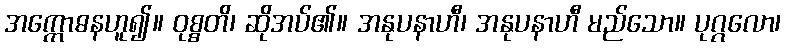
အက္ကောဓနဟူ၍။ ဝုစ္စတိ၊ ဆိုအပ်၏။ အနုပနာဟီ၊ အနုပနာဟီ မည်သော။ ပုဂ္ဂလော၊